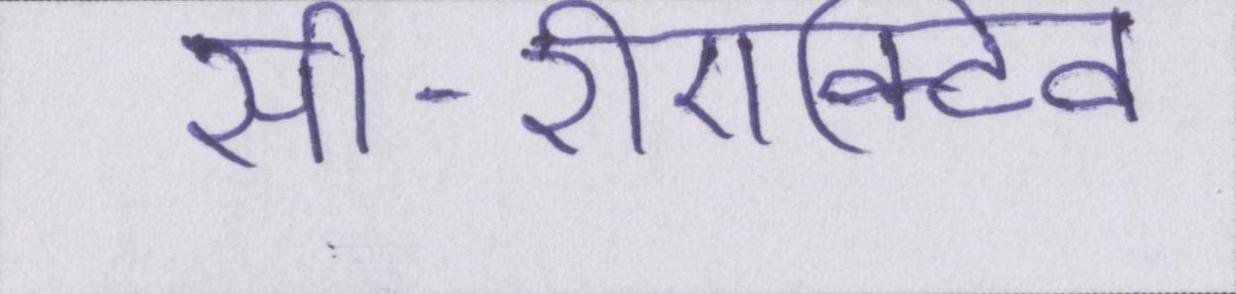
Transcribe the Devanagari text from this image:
सी-रीएक्टिव